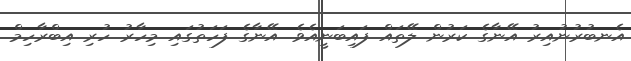
އެނބުރުނުއިރު އޭނާގެ ކަރުން ލޭތައް ފައިބަނީއެވެ. އޭނާގެ ފަހަތުގައި މިހާރު ހުރި އިބްރާހިމް